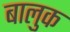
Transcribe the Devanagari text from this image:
बालुक